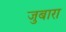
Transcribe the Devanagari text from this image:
जुबारा